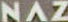
NAZ